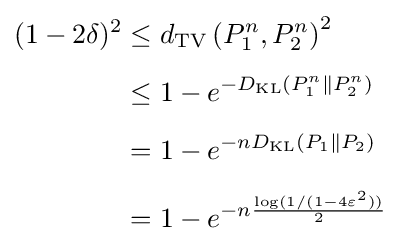
{\begin{aligned}(1-2\delta )^{2}&\leq d_{\mathrm {TV} }\left(P_{1}^{n},P_{2}^{n}\right)^{2}\\[4pt]&\leq 1-e^{-D_{\mathrm {KL} }(P_{1}^{n}\parallel P_{2}^{n})}\\[4pt]&=1-e^{-nD_{\mathrm {KL} }(P_{1}\parallel P_{2})}\\[4pt]&=1-e^{-n{\frac {\log(1/(1-4\varepsilon ^{2}))}{2}}}\end{aligned}}